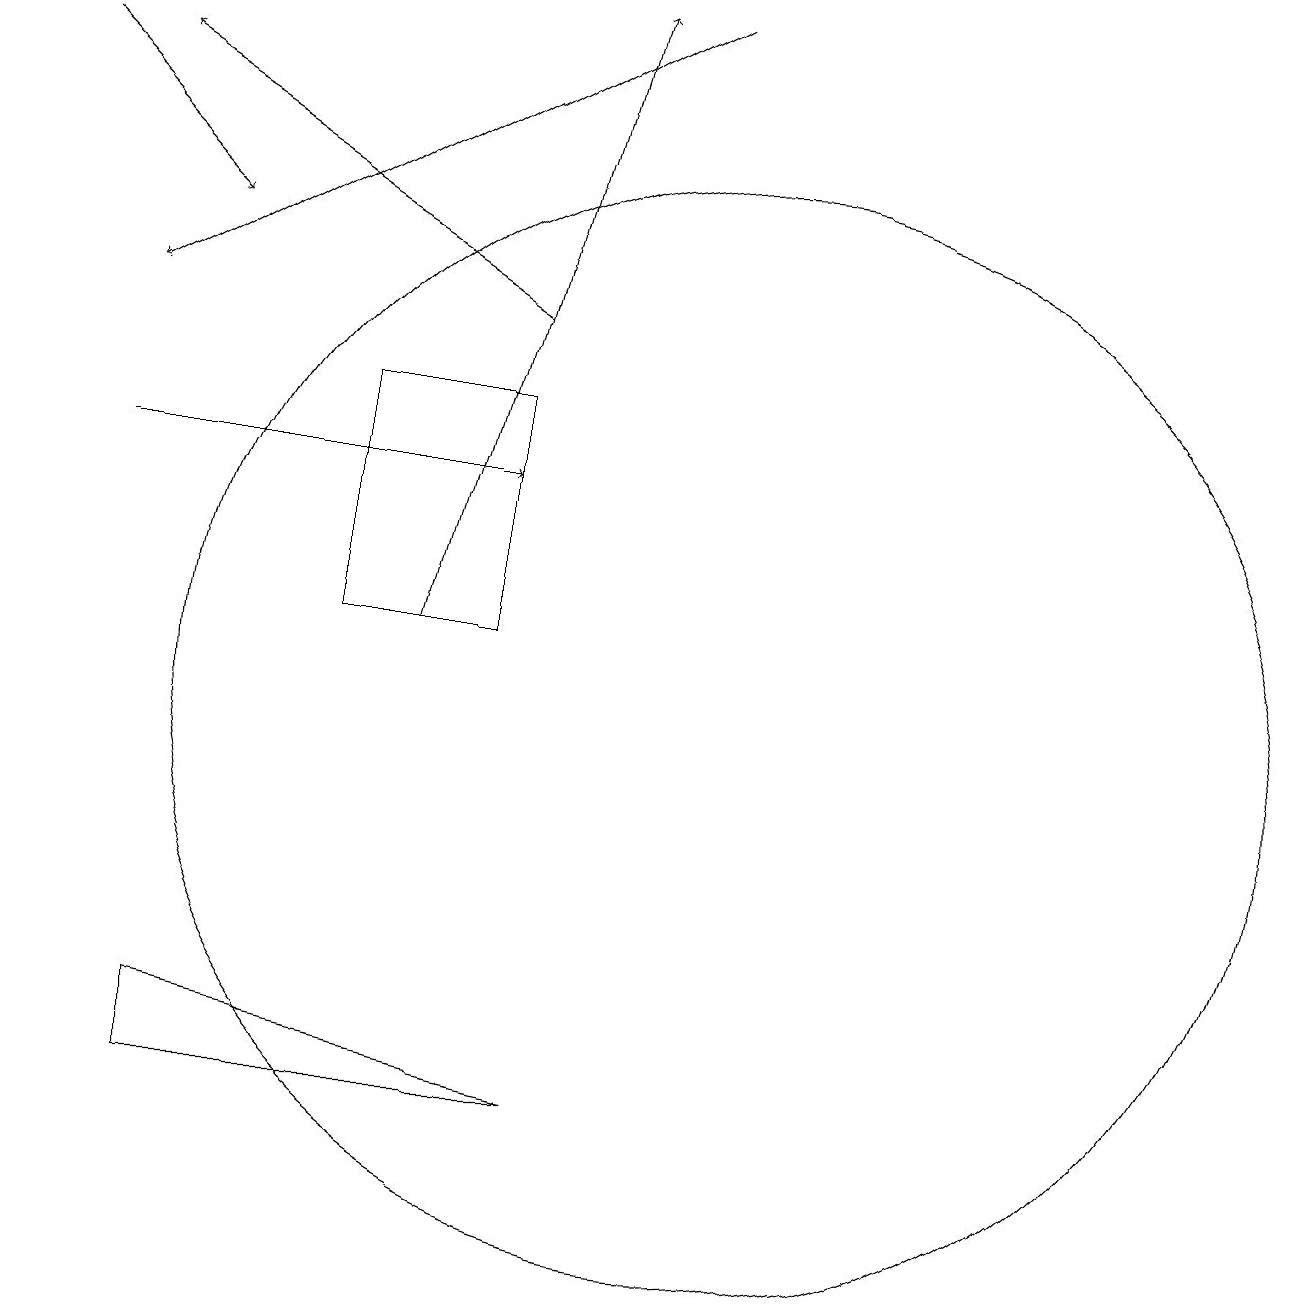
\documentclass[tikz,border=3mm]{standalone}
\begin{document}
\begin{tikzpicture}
\draw[->] (2,13) -- (7,13);
\draw[->] (9,19) -- (2,15);
\draw[->] (7,15) -- (2,18);
\draw (5,14) rectangle (7,11);
\draw (10,10) circle (7);
\draw[->] (1,18) -- (3,16);
\draw[->] (6,11) -- (8,19);
\draw (3,6) -- (3,5) -- (8,5) -- cycle;
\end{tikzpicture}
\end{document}